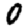
Digit: 0